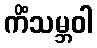
ကိံသမ္ဘဝါ